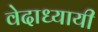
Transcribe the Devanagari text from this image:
वेदाध्यायी